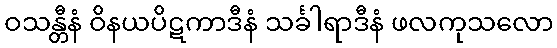
ဝသန္တီနံ ဝိနယပိဋကာဒီနံ သင်္ခါရာဒီနံ ဖလကုသလော